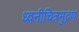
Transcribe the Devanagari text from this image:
ध्वनीचित्रमुद्रण